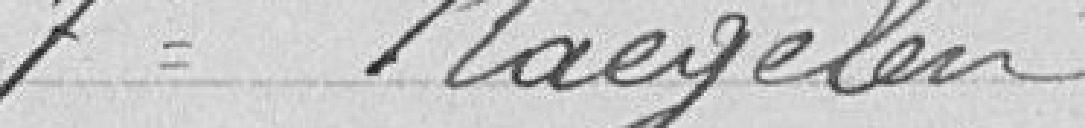
7° Naegelen